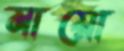
মায়ো